Leaving Certificate Examination (including Day School Certificate (Higher) General paper), 1926
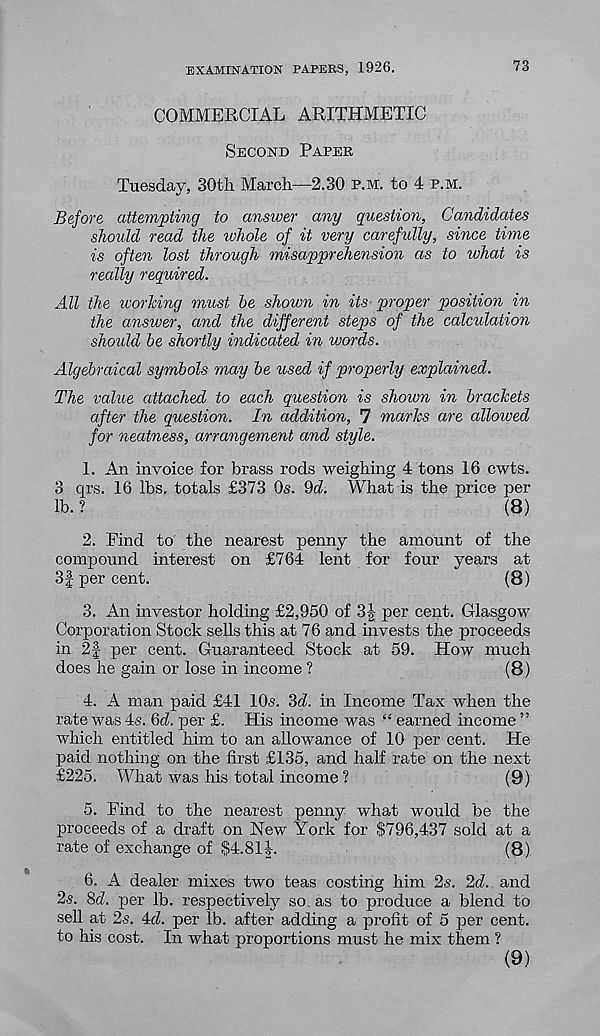
EXAMINATION PAPERS, 1926.
73
COMMERCIAL ARITHMETIC
Second Paper
Tuesday, 30th March—2.30 p.m. to 4 p.m.
Before attempting to answer any question, Candidates
should read the whole of it very carefully, since time
is often lost through misapprehension as to what is
really required.
All the working must be shown in its proper position in
the answer, and the different steps of the calculation
should be shortly indicated in words.
Algebraical symbols may be used if properly explained.
The value attached to each question is shown in brackets
after the question. In addition, 7 marks are allowed
for neatness, arrangement and style.
1. An invoice for brass rods weighing 4 tons 16 cwts.
3 qrs. 16 lbs. totals £373 Os. 9d. What is the price per
lb. ?
(8)
2. Find to the nearest penny the amount of the
compound interest on £764 lent for four years at
3f per cent.
(8)
3. An investor holding £2,950 of 3| per cent. Glasgow
Corporation Stock sells this at 76 and invests the proceeds
in 21 per cent. Guaranteed Stock at 59. How much
does he gain or lose in income ?
(8)
4. A man paid £41 10s. 3d. in Income Tax when the
rate was 4s. 6d. per £. His income was “ earned income ”
which entitled him to an allowance of 10 per cent. He
paid nothing on the first £135, and half rate on the next
£225. What was his total income ?
(9)
5. Find to the nearest penny what would be the
proceeds of a draft on New York for $796,437 sold at a
rate of exchange of $4.81|.
(8)
6. A dealer mixes two teas costing him 2s. 2d. and
2s. 8d. per lb. respectively so. as to produce a blend to
sell at 2s. 4d. per lb. after adding a profit of 5 per cent,
to his cost. In what proportions must he mix them ?
(9)